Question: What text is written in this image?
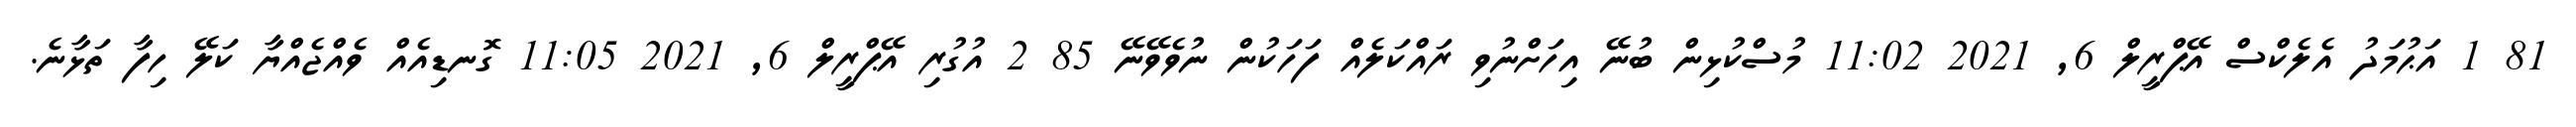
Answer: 81 1 އަޙުމަދު އެލެކްސް އޭޕްރީލް 6, 2021 11:02 މުސްކުޅިން ބުނޭ އިހަށްނުވި ރައްކަލެއް ފަހަކުން ނުވެވޭނޭ 85 2 އުގުރި އޭޕްރީލް 6, 2021 11:05 ގޮނޑިއެއް ވެއްޖެއްޔާ ކަލޭ ހިފާ ތަޅާނެ.